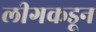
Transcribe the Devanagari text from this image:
लीगकडून